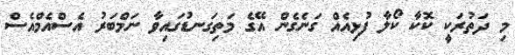
މި ދަތުރަކީ ކޮކާ ކޯލާ ފުޅިއެއް ގަނެގެން އޭގެ މަތިގަނޑުގައިވާ ނަމްބަރު އެސްއެމްއެސް